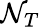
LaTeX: {\cal N}_{T}